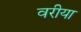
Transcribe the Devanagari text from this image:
वरीया